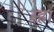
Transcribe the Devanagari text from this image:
स्ह्रा